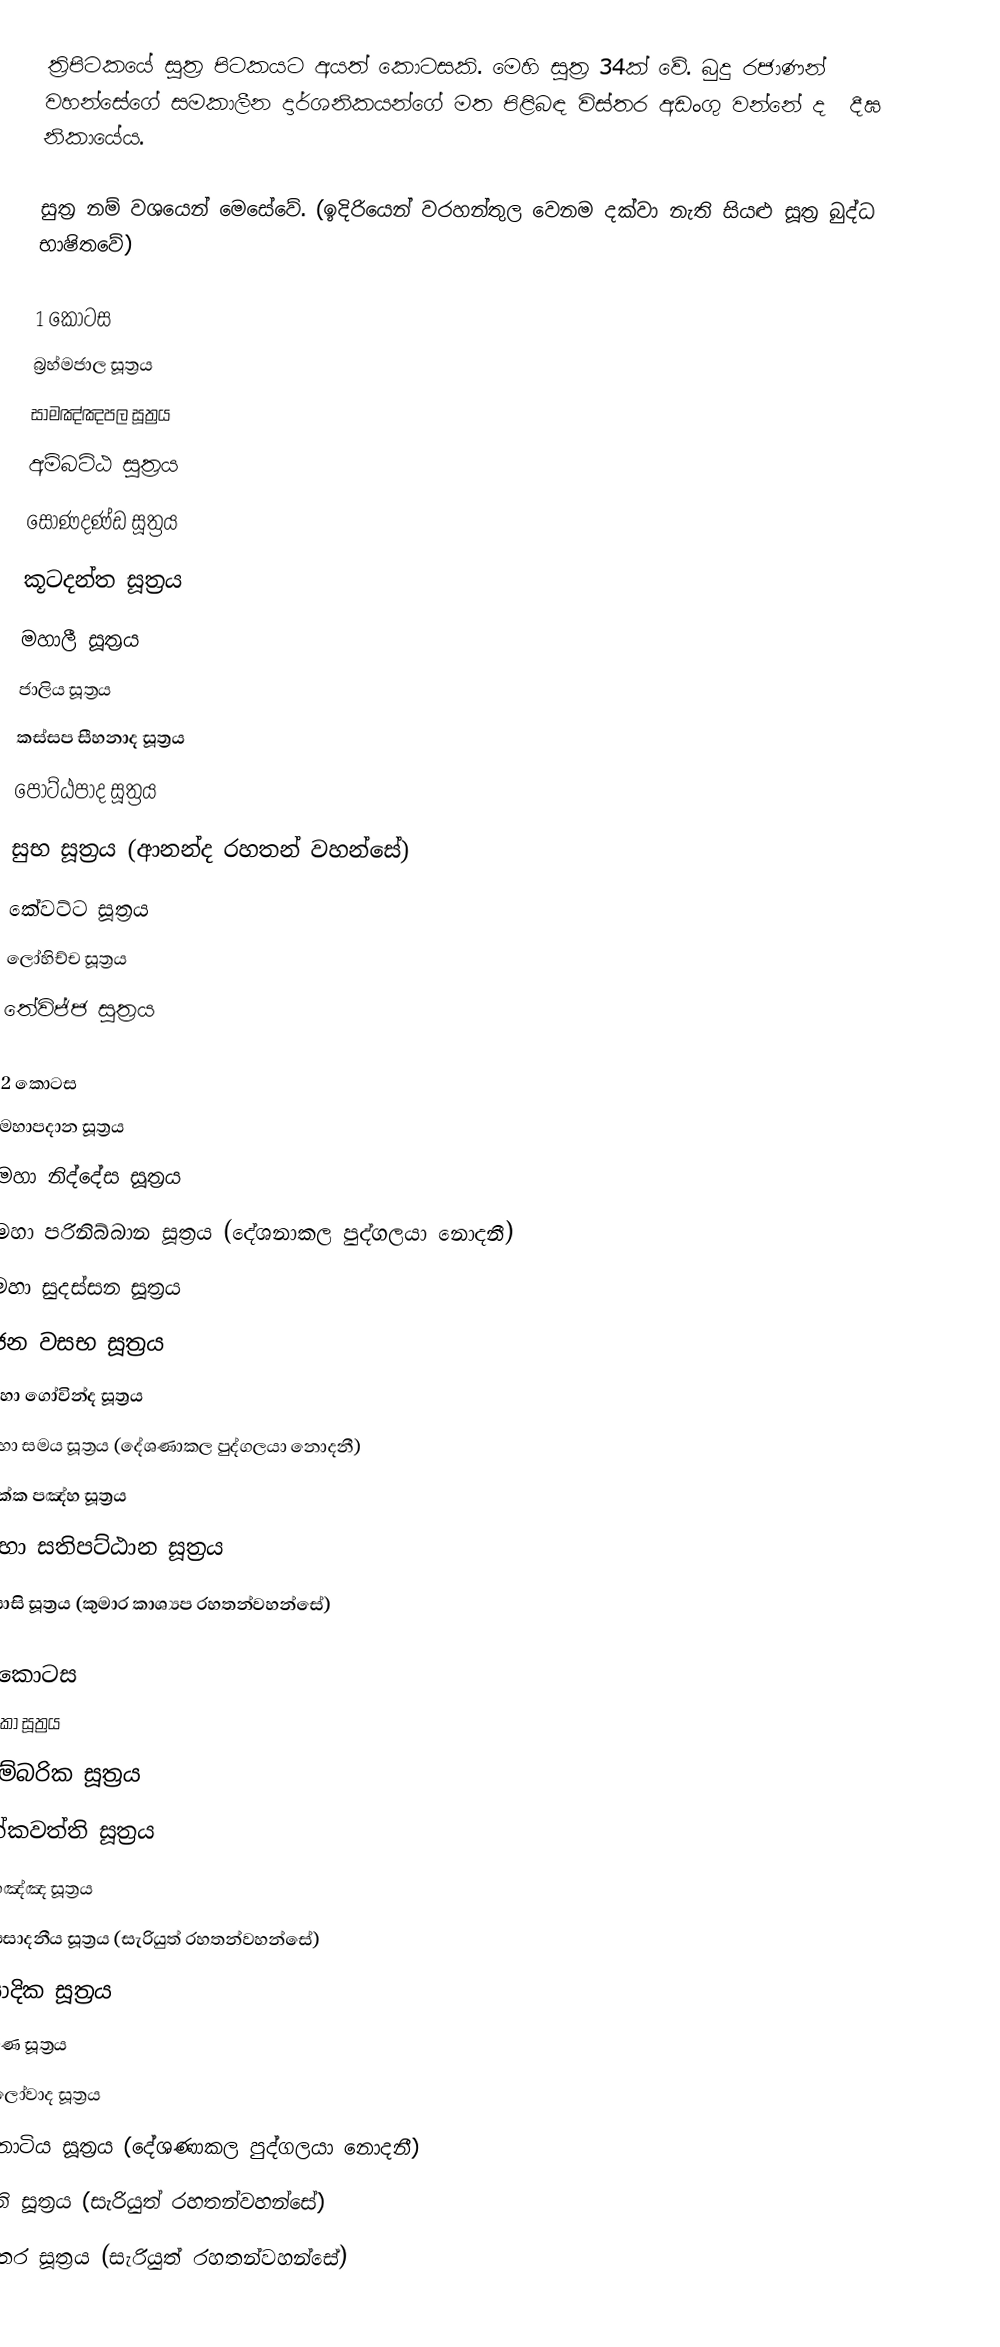
ත්‍රිපිටකයේ සූත්‍ර පිටකයට අයත් කොටසකි. මෙහි සූත්‍ර 34ක් වේ. බුදු රජාණන් වහන්සේගේ සමකාලීන දාර්ශනිකයන්ගේ මත පිළිබඳ විස්තර අඩංගු වන්නේ ද ‍ දීඝ නිකායේය.

සුත්‍ර නම් වශයෙන් මෙසේවේ. (ඉදිරියෙන් වරහන්තුල වෙනම දක්වා නැති සියළු සූත්‍ර බුද්ධ භාෂිතවේ)

1 කොටස
 බ්‍රහ්මජාල සූත්‍රය
 සාමඤ්ඤපල සූත්‍රය
 අම්බට්ඨ සූත්‍රය
 සෝණදණ්ඩ සූත්‍රය
 කූටදන්ත සූත්‍රය
 මහාලී සූත්‍රය
 ජාලිය සූත්‍රය
 කස්සප සීහනාද සූත්‍රය
 පොට්ඨපාද සූත්‍රය
 සුභ සූත්‍රය (ආනන්ද රහතන් වහන්සේ)
 කේවට්ට සූත්‍රය
 ලෝහිච්ච සූත්‍රය
 තේවිජ්ජ සූත්‍රය

2 කොටස
 මහාපදාන සූත්‍රය
 මහා නිද්දේස සූත්‍රය
 මහා පරිනිබ්බාන සූත්‍රය (දේශනාකල පුද්ගලයා නොදනී)
 මහා සුදස්සන සූත්‍රය
 ජන වසභ සූත්‍රය
 මහා ගෝවින්ද සූත්‍රය
 මහා සමය සූත්‍රය (දේශණාකල පුද්ගලයා නොදනී)
 සක්ක පඤ්හ සූත්‍රය
 මහා සතිපට්ඨාන සූත්‍රය
 පයාසි සූත්‍රය (කුමාර කාශ්‍යප රහතන්වහන්සේ)

3 කොටස
 පාටිකා සූත්‍රය
 උදුම්බරික සූත්‍රය
 චක්කවත්ති සූත්‍රය
 අග්ගඤ්ඤ සූත්‍රය
 සම්පසාදනීය සූත්‍රය (සැරියුත් රහතන්වහන්සේ)
 පාසාදික සූත්‍රය
 ලක්ඛණ සූත්‍රය
 සිඟාලෝවාද සූත්‍රය
 ආටානාටිය සූත්‍රය (දේශණාකල පුද්ගලයා නොදනී)
 සංගීති සූත්‍රය (සැරියුත් රහතන්වහන්සේ)
 දසුත්තර සූත්‍රය (සැරියුත් රහතන්වහන්සේ)